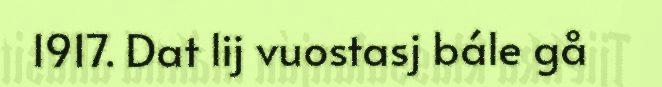
1917. Dat lij vuostasj bále gå